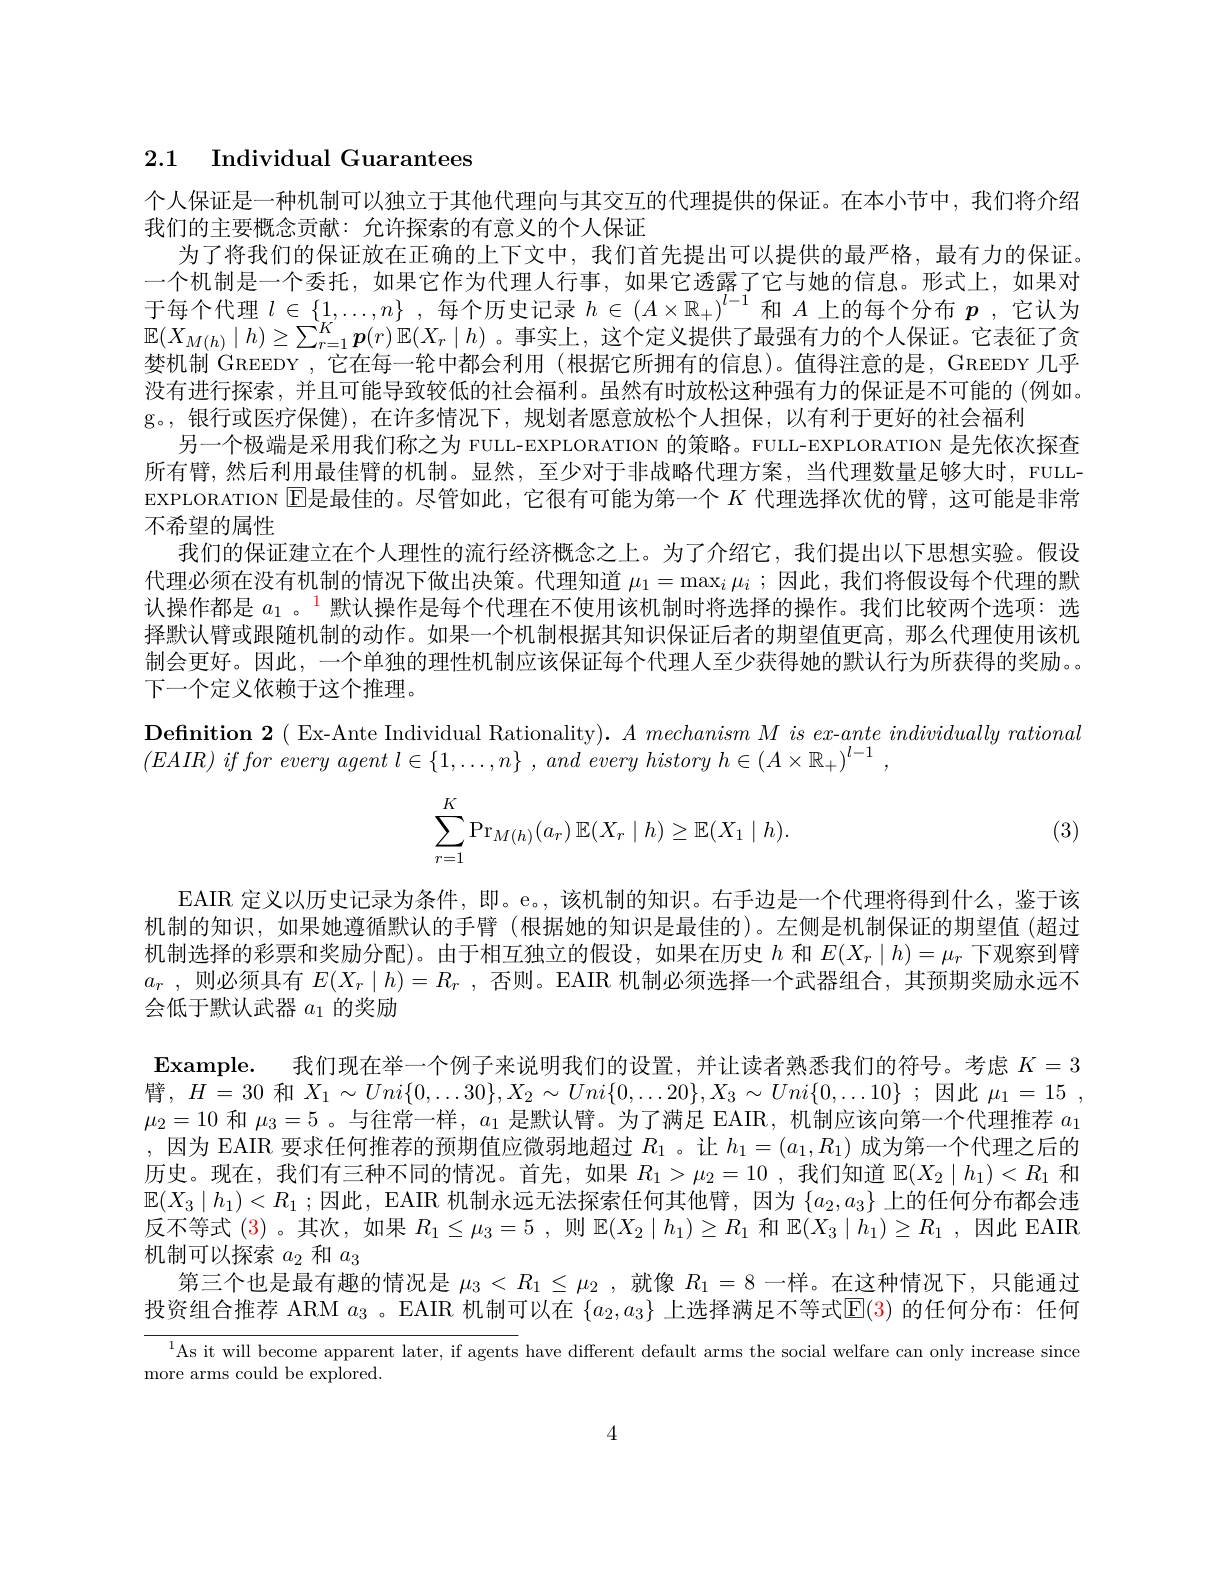
## 2.1 Individual Guarantees

个人保证是一种机制可以独立于其他代理向与其交互的代理提供的保证。在本小节中，我们将介绍
我们的主要概念贡献：允许探索的有意义的个人保证
为了将我们的保证放在正确的上下文中，我们首先提出可以提供的最严格，最有力的保证。一个机制是一个委托，如果它作为代理人行事，如果它透露了它与她的信息。形式上，如果对于每个代理$l\in\{1,\ldots,n\}$ ,每个历史记录$h\in\left(A\times\mathbb{R}_+\right)^l-1$和$A$上的每个分布$p$ ,它认为$\mathbb{E}(X_{M(h)}\mid h)\geq\sum_{r=1}^K\boldsymbol{p}(r)\mathbb{E}(X_r\mid h)$ 。事实上，这个定义提供了最强有力的个人保证。它表征了贪婪机制 GREEDY , 它在每一轮中都会利用 (根据它所拥有的信息)。值得注意的是，GREEDY 几乎没有进行探索，并且可能导致较低的社会福利。虽然有时放松这种强有力的保证是不可能的 (例如。g。,银行或医疗保健),在许多情况下，规划者愿意放松个人担保，以有利于更好的社会福利
另一个极端是采用我们称之为 FULL-EXPLORATION 的策略。FULL-EXPLORATION 是先依次探查所有臂，然后利用最佳臀的机制。显然，至少对于非战略代理方案，当代理数量足够大时，FULLEXPLORATION $\operatorname{E}$是最佳的。尽管如此，它很有可能为第一个 $K$ 代理选择次优的臂，这可能是非常不希望的属性
我们的保证建立在个人理性的流行经济概念之上。为了介绍它，我们提出以下思想实验。假设代理必须在没有机制的情况下做出决策。代理知道$\mu_1=\max_i\mu_i$ ;因此，我们将假设每个代理的默认操作都是$a_1$ 。$^{1}$默认操作是每个代理在不使用该机制时将选择的操作。我们比较两个选项：选择默认臂或跟随机制的动作。如果一个机制根据其知识保证后者的期望值更高，那么代理使用该机制会更好。因此，一个单独的理性机制应该保证每个代理人至少获得她的默认行为所获得的奖励。下一个定义依赖于这个推理。
$\textbf{Definition 2( Ex- Ante Individual Rationality) . }A\textit{mechanism M is ex- ante individually rational}$
$( EAIR)$ $if$ for $\grave{e} very$ agent $l\in \{ 1, \ldots , n\}$ , and every history $h\in ( A\times \mathbb{R} _+ ) ^{l- 1}$ ,
$$\begin{aligned}\sum_{r=1}^K\Pr_{M(h)}(a_r)\:\mathbb{E}(X_r\mid h)\geq\mathbb{E}(X_1\mid h).\end{aligned}$$
(3)
EAIR 定义以历史记录为条件，即。e。,该机制的知识。右手边是一个代理将得到什么，鉴于该机制的知识，如果她遵循默认的手臂 (根据她的知识是最佳的)。左侧是机制保证的期望值 (超过机制选择的彩票和奖励分配)。由于相互独立的假设，如果在历史$h$和$E(X_r\mid h)=\mu_r$下观察到臂$a_r$ , 则 必 须 具 有 $E( X_r\mid h) = R_r$ , 否则。EAIR 机制必须选择一个武器组合，其预期奖励永远不会低于默认武器$a_1$的奖励
Example. 我们现在举一个例子来说明我们的设置，并让读者熟悉我们的符号。考虑$K=3$ 臂，$H=$30 和$X_1\sim Uni\{0,\ldots30\},X_2\sim Uni\{0,\ldots20\},X_3\sim Uni\{0,\ldots10\}$;因此$\mu_1=15$, $\mu_2=10$和$\mu_3=5$ 。与往常一样，$a_1$是默认臂。为了满足 EAIR, 机制应该向第一个代理推荐$a_1$ ,因为 EAIR 要求任何推荐的预期值应微弱地超过$R_1$ 。让$h_1=(a_1,R_1)$成为第一个代理之后的历史。现在，我们有三种不同的情况。首先，如果$R_1>\mu_2=10$ ,我们知道$\mathbb{E}(X_2\mid h_1)<R_1$和$\mathbb{E}(X_3\mid h_1)<R_1$ ;因此，EAIR 机制永远无法探索任何其他臂，因为$\{a_2,a_3\}$上的任何分布都会违反不等式(3) 。其次，如果$R_1\leq\mu_3=5$ ,则$\mathbb{E}(X_2\mid h_1)\geq R_1$和$\mathbb{E}(X_3\mid h_1)\geq R_1$ ,因此 EAIR 机制可以探索$a_2$和$a_3$
第三个也是最有趣的情况是$\mu_3<R_1\leq\mu_2$ ,就像$R_1=8$一样。在这种情况下，只能通过投资组合推荐 ARM $a_3$ 。EAIR 机制可以在$\{a_2,a_3\}$上选择满足不等式$\mathbb{E}(3)$的任何分布：任何
$^{1}$As it will become apparent later, if agents have different default arms the social welfare can only increase since

more arms could be explored

4